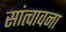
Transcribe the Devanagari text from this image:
सांत्वावना